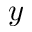
y